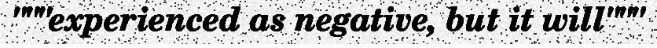
"""experienced as negative, but it will"""